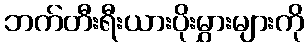
ဘက်တီးရီးယားပိုးမွှားများကို